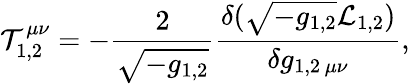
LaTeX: {\cal T}_{1,2}^{\mu\nu}=-{\frac{2}{\sqrt{-g_{1,2}}}}{\frac{\delta(\sqrt{-g_{1,2}}{\cal L}_{1,2})}{\delta g_{1,2\, \mu\nu}}},